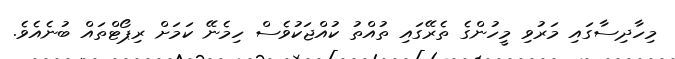
މިހާދިސާގައި މަރުވި މީހުންގެ ތެރޭގައި ތުއްތު ކުއްޖަކުވެސް ހިމެނޭ ކަމަށް ރިޕޯޓްތައް ބުނެއެވެ.